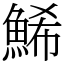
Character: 鯑